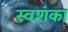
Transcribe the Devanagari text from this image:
स्वशंका